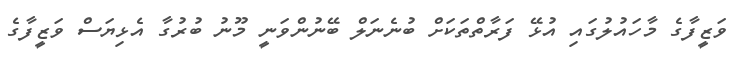
ވަޒީފާގެ މާހައުލުގައި އުޅޭ ފަރާތްތަކަށް ބުނެނަލް ބޭނުންވަނީ މޫނު ބުރުގާ އެޅިޔަސް ވަޒީފާގެ